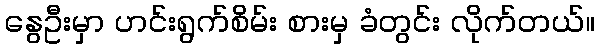
နွေဦးမှာ ဟင်းရွက်စိမ်း စားမှ ခံတွင်း လိုက်တယ်။